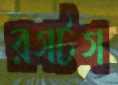
রগটগ